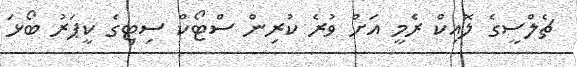
ޗެލްސީގެ ލޮއިކް ރެމީ އަށް ވުރެ ކުރިން ސްޓޯކް ސިޓިގެ ކީޕަރު ބޯޅަ